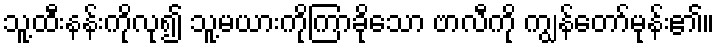
သူ့ထီးနန်းကိုလု၍ သူ့မယားကိုကြာခိုသော ဗာလီကို ကျွန်တော်မုန်း၏။